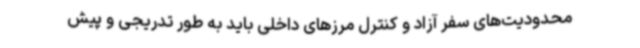
محدودیت‌های سفر آزاد و کنترل مرزهای داخلی باید به طور تدریجی و پیش